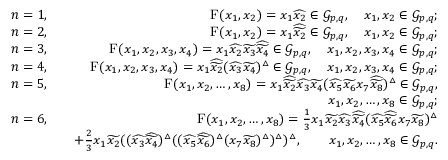
\begin{array} { r l r } { n = 1 , } & { } & { \mathrm { F } ( x _ { 1 } , x _ { 2 } ) = x _ { 1 } \widehat { x _ { 2 } } \in \mathcal { G } _ { p , q } , \quad x _ { 1 } , x _ { 2 } \in \mathcal { G } _ { p , q } ; } \\ { n = 2 , } & { } & { \mathrm { F } ( x _ { 1 } , x _ { 2 } ) = x _ { 1 } \widehat { \widetilde { x _ { 2 } } } \in \mathcal { G } _ { p , q } , \quad x _ { 1 } , x _ { 2 } \in \mathcal { G } _ { p , q } ; } \\ { n = 3 , } & { } & { \mathrm { F } ( x _ { 1 } , x _ { 2 } , x _ { 3 } , x _ { 4 } ) = x _ { 1 } \widehat { x _ { 2 } } \widetilde { x _ { 3 } } \widehat { \widetilde { x _ { 4 } } } \in \mathcal { G } _ { p , q } , \quad x _ { 1 } , x _ { 2 } , x _ { 3 } , x _ { 4 } \in \mathcal { G } _ { p , q } ; } \\ { n = 4 , } & { } & { \mathrm { F } ( x _ { 1 } , x _ { 2 } , x _ { 3 } , x _ { 4 } ) = x _ { 1 } \widehat { \widetilde { x _ { 2 } } } ( \widehat { x _ { 3 } } \widetilde { x _ { 4 } } ) ^ { \bigtriangleup } \in \mathcal { G } _ { p , q } , \quad x _ { 1 } , x _ { 2 } , x _ { 3 } , x _ { 4 } \in \mathcal { G } _ { p , q } ; } \\ { n = 5 , } & { } & { \mathrm { F } ( x _ { 1 } , x _ { 2 } , \ldots , x _ { 8 } ) = x _ { 1 } \widehat { \widetilde { x _ { 2 } } } \widehat { x _ { 3 } } \widetilde { x _ { 4 } } ( \widehat { x _ { 5 } } \widetilde { x _ { 6 } } x _ { 7 } \widehat { \widetilde { x _ { 8 } } } ) ^ { \bigtriangleup } \in \mathcal { G } _ { p , q } , } \\ & { } & { x _ { 1 } , x _ { 2 } , \ldots , x _ { 8 } \in \mathcal { G } _ { p , q } ; } \\ { n = 6 , } & { } & { \mathrm { F } ( x _ { 1 } , x _ { 2 } , \ldots , x _ { 8 } ) = \frac { 1 } { 3 } x _ { 1 } \widetilde { x _ { 2 } } \widehat { x _ { 3 } } \widehat { \widetilde { x _ { 4 } } } ( \widehat { x _ { 5 } } \widehat { \widetilde { x _ { 6 } } } x _ { 7 } \widetilde { x _ { 8 } } ) ^ { \bigtriangleup } } \\ & { } & { + \frac { 2 } { 3 } x _ { 1 } \widetilde { x _ { 2 } } ( ( \widehat { x _ { 3 } } \widehat { \widetilde { x _ { 4 } } } ) ^ { \bigtriangleup } ( ( \widehat { x _ { 5 } } \widehat { \widetilde { x _ { 6 } } } ) ^ { \bigtriangleup } ( x _ { 7 } \widetilde { x _ { 8 } } ) ^ { \bigtriangleup } ) ^ { \bigtriangleup } ) ^ { \bigtriangleup } , \qquad x _ { 1 } , x _ { 2 } , \ldots , x _ { 8 } \in \mathcal { G } _ { p , q } . } \end{array}